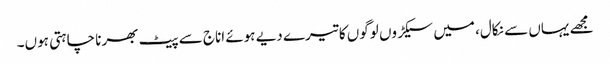
مجھے یہاں سے نکال، میں سیکڑوں لوگوں کا تیرے دیے ہوئے اناج سے پیٹ بھرنا چاہتی ہوں۔